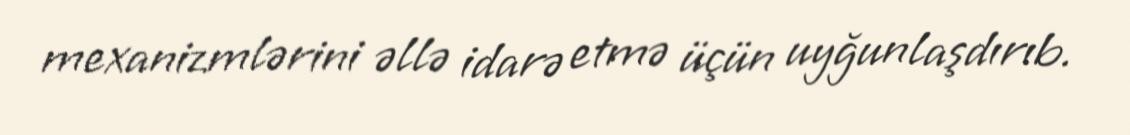
mexanizmlərini əllə idarə etmə üçün uyğunlaşdırıb.